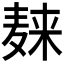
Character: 𪎌